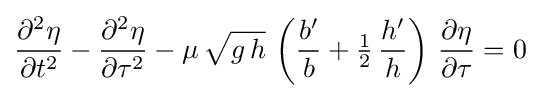
{\frac {\partial ^{2}\eta }{\partial t^{2}}}-{\frac {\partial ^{2}\eta }{\partial \tau ^{2}}}-\mu \,{\sqrt {g\,h}}\,\left({\frac {b'}{b}}+{\tfrac {1}{2}}\,{\frac {h'}{h}}\right)\,{\frac {\partial \eta }{\partial \tau }}=0